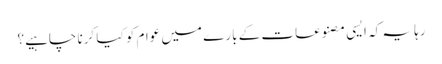
رہا یہ کہ ایسی مصنوعات کے بارے میں عوام کو کیا کرنا چاہیے؟